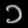
Digit: ၁